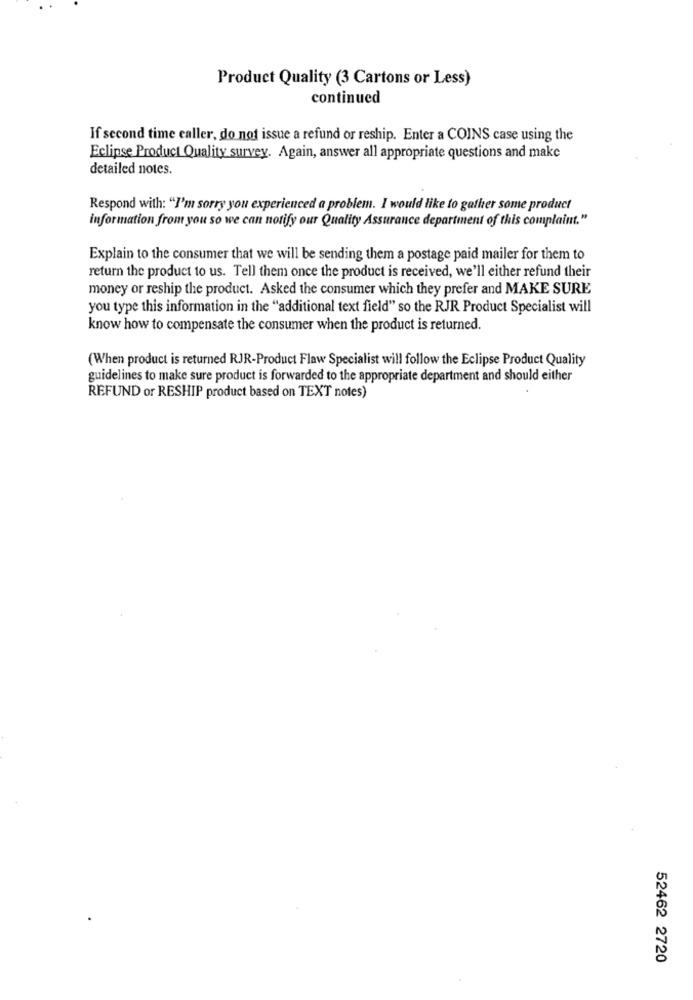
Product Quality (3 Cartons or Less)
continued
If second time caller, do not issue a refund or reship. Enter a COINS case using the
Eclipse Product Quality survey. Again, answer all appropriate questions and make
detailed notes.
Respond with: "I'm sorry you experienced a problem. I would like to gather some product
information from you so we can notify our Quality Assurance department of this complaint."
Explain to the consumer that we will be sending them a postage paid mailer for them to
return the product to us. Tell them once the product is received, we'll either refund their
money or reship the product. Asked the consumer which they prefer and MAKE SURE
you type this information in the "additional text field" so the RJR Product Specialist will
know how to compensate the consumer when the product is returned.
(When product is returned RJR-Product Flaw Specialist will follow the Eclipse Product Quality
guidelines to make sure product is forwarded to the appropriate department and should either
REFUND or RESHIP product based on TEXT notes)
52462 2720